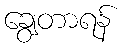
ချွေတာရန်